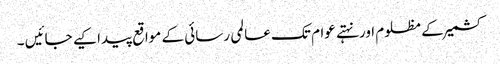
کشمیر کے مظلوم اورنہتے عوام تک عالمی رسائی کے مواقع پیدا کیے جائیں ۔